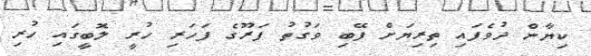
ކިޔާން ދުވެފައި ތިރިޔަށް ފޭބި ވަގުތު ފަރޫގެ ފަހަރި ހުރީ ލޮބީގައި ހުރި